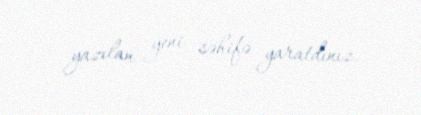
yazılan yeni səhifə yaratdınız.